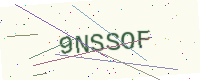
Text: 9NSSOF